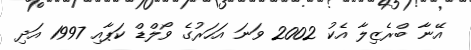
އޭނާ ބްރެޒިލާ އެކު 2002 ވަނަ އަހަރުގެ ވޯލްޑް ކަޕާއި 1997 އަދި